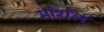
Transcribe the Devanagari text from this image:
मार्शंल